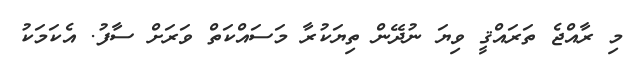
މި ރާއްޖެ ތަރައްޤީ ވިޔަ ނުދޭން ތިޔަކުރާ މަސައްކަތް ވަރަށް ސާފު. އެކަމަކު